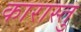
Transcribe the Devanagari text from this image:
कारास्तु